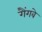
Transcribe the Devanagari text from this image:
गैंगवे